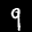
Label: 9